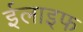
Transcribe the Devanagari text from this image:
ईलाइफ